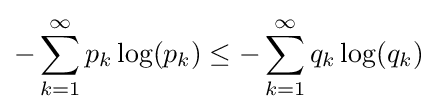
-\sum _{k=1}^{\infty }p_{k}\log(p_{k})\leq -\sum _{k=1}^{\infty }q_{k}\log(q_{k})